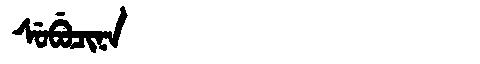
Manchu: ᠰᡠᠪᡠᠴᡳᠨᠠ
Romanization: SUBUCINA